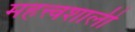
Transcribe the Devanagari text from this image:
महत्त्वशाली